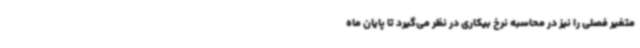
متغیر فصلی را نیز در محاسبه نرخ بیکاری در نظر می‌گیرد تا پایان ماه